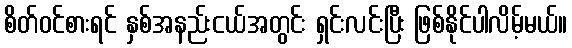
စိတ်ဝင်စားရင် နှစ်အနည်းငယ်အတွင်း ရှင်းလင်းပြီး ဖြစ်နိုင်ပါလိမ့်မယ်။